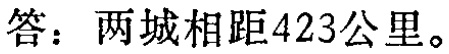
答：两城相距423公里。